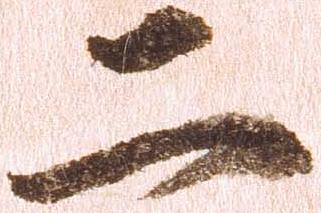
二